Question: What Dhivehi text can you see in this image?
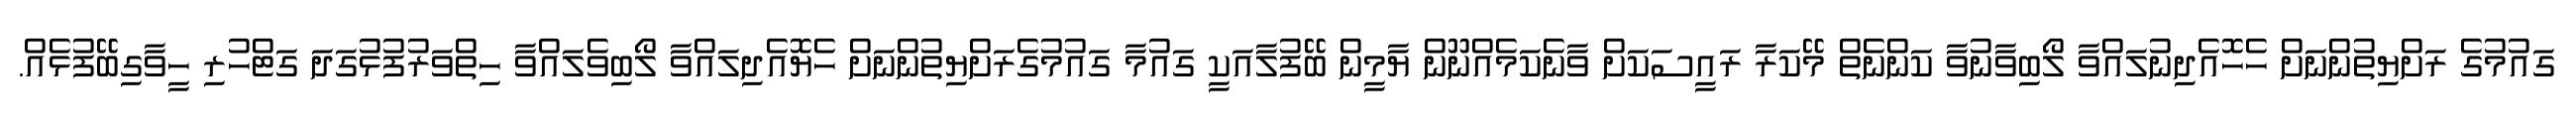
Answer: ގައުމުގެ ރަށްޔިތުންނަށް ހެހޮއެދިނުލައްވާ ލޯބިވާނުވާ ކަންނެތް މޭކަރާ ރައީސަކަށް ވާނެކަމެއްނޫން ޔާމީން ބޭފުލާއަކީ ގައުމާ ގައުމުގެރަށްޔިތުންނަށް ހެޔޮއެދިލައްވާ ލޯބިވެލައްވާ ހިތްވަރުފުޅުގަދަ ގަޓްހުރި ހީވާގިބޭފުޅެއް.